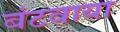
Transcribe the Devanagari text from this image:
बंटवाया